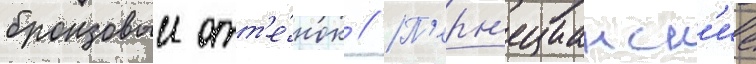
бронзовыи отт'е́нок // П'ерн'ецианск'ие